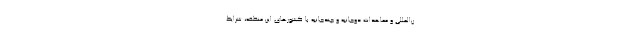
ن‌المللی و معاهدات دوجانبه و چندجانبه با کشورهای این منطقه، شرایط